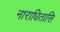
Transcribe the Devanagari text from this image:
नाराधितासि